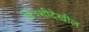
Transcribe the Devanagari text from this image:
दिवशीदेखील